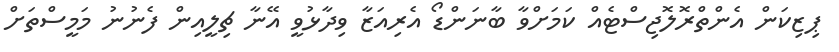
ޕިޒިކަން އެންތްރޮލޮޖިސްޓެއް ކަމަށްވާ ބާނަންޑޯ އެރިއަޒާ ވިދާޅުވީ އޭނާ ޗިލީއިން ފެނުނު މަމީސްތަށް